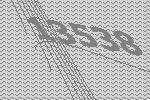
13538